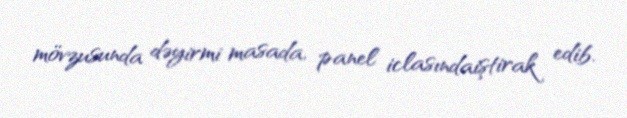
mövzusunda dəyirmi masada, panel iclasındaiştirak edib.